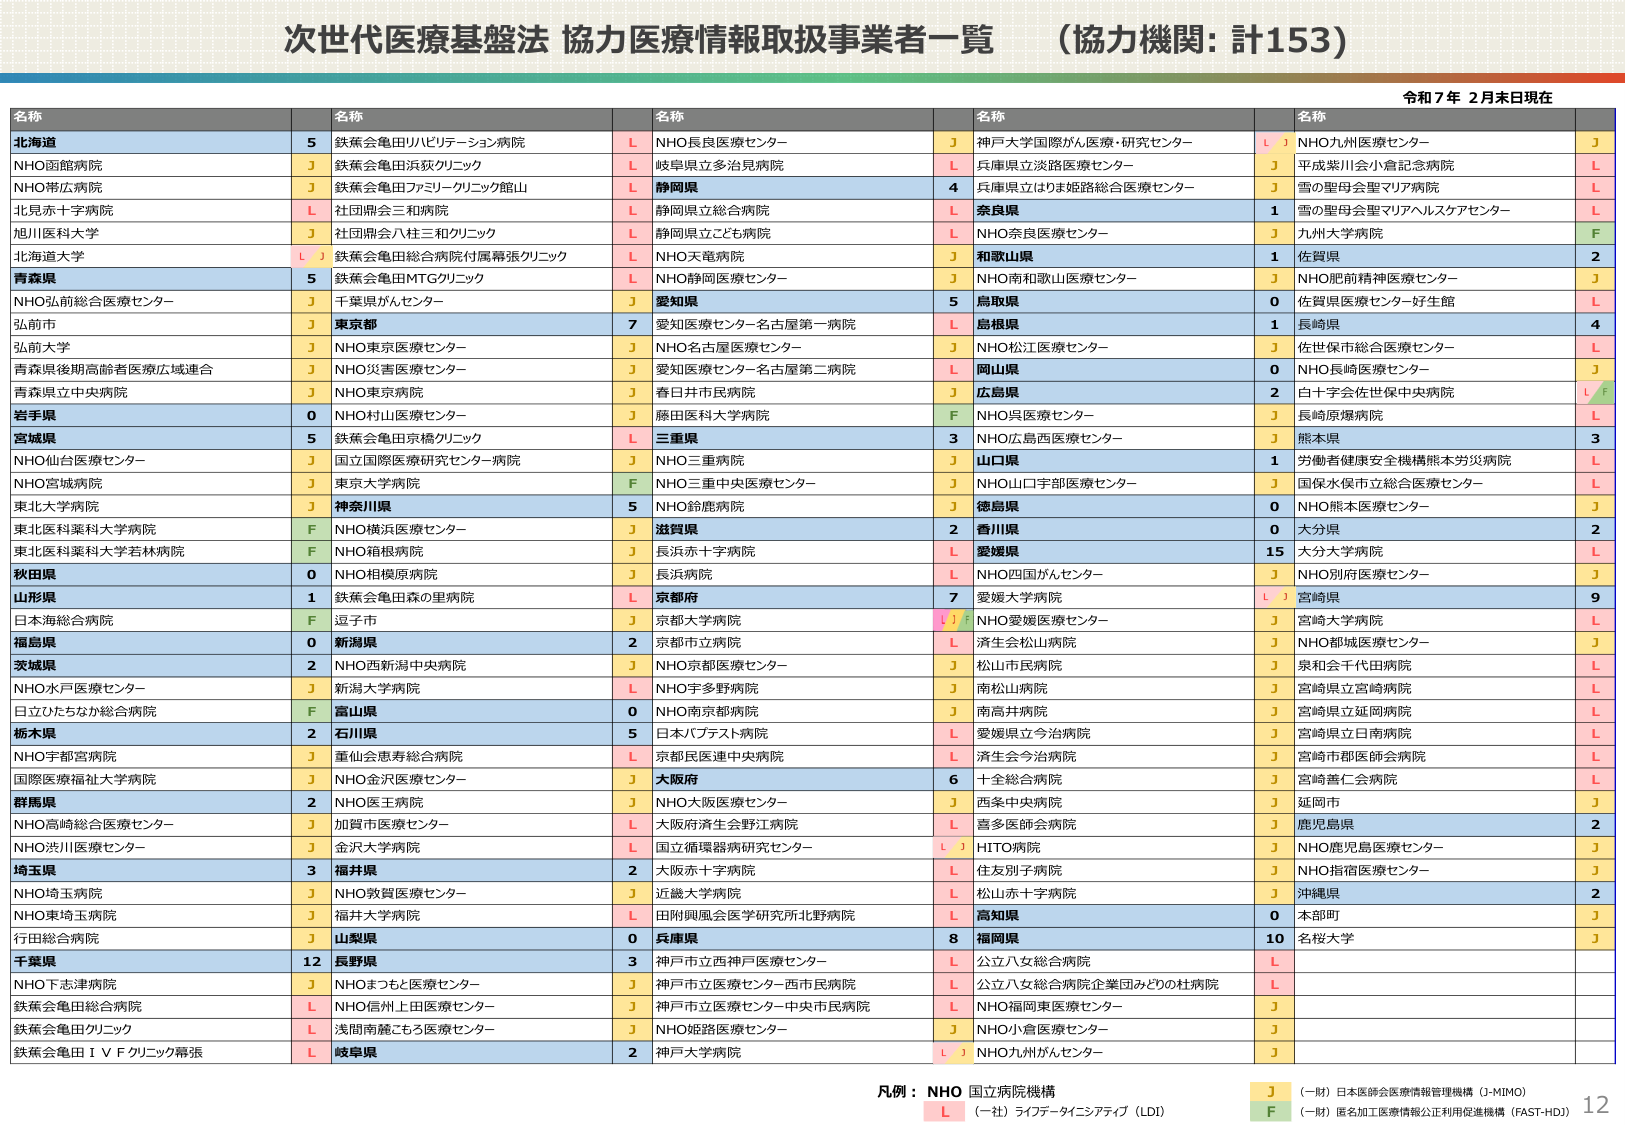
次世代医療基盤法 協力医療情報取扱事業者一覧 （協力機関：計153）

令和7年 2月末日現在

名称 名称 名称 名称 名称

北海道 5 鉄蕉会亀田リハビリテーション病院 L NHO長良医療センター J 神戸大学国際がん医療・研究センター L J NHO九州医療センター J
NHO函館病院 J 鉄蕉会亀田浜荻クリニック L 岐阜県立多治見病院 L 兵庫県立淡路医療センター J 平成紫川会小倉記念病院 L
NHO帯広病院 J 鉄蕉会亀田ファミリークリニック館山 L 静岡県 4 兵庫県立はりま姫路総合医療センター J 雪の聖母会聖マリアルスケアセンター L
北見赤十字病院 L 社団㈱会三和病院 L 静岡県立総合病院 L 奈良県 1 雪の聖母会聖マリアルスケアセンター L
旭川医科大学 J 社団㈱会八柱三和クリニック L 静岡県立こども病院 L NHO奈良医療センター J 九州大学病院 F
北海道大学 L J 鉄蕉会亀田総合病院付属幕張クリニック L NHO天竜病院 J 和歌山県 1 佐賀県 2
青森県 5 鉄蕉会亀田MTGクリニック L NHO静岡医療センター J NHO南和歌山医療センター J NHO肥前精神医療センター J
NHO弘前総合医療センター J 千葉県がんセンター J 愛知県 5 鳥取県 0 佐賀県医療センター好生館 L
弘前市 J 東京都 7 愛知医療センター名古屋第一病院 L 島根県 1 長崎県 4
弘前大学 J NHO東京医療センター J NHO名古屋医療センター J NHO松江医療センター J 佐世保市総合医療センター L
青森県後期高齢者医療広域連合 J NHO災害医療センター J 愛知医療センター名古屋第二病院 L 岡山県 0 NHO長崎医療センター J
青森県立中央病院 J NHO東京病院 J 春日井市民病院 J 広島県 2 白十字会佐世保中央病院 L F
岩手県 0 NHO村山医療センター J 藤田医科大学病院 F NHO呉医療センター J 長崎原爆病院 L
宮城県 5 鉄蕉会亀田京橋クリニック L 三重県 3 NHO広島西医療センター J 熊本県 3
NHO仙台医療センター J 国立国際医療研究センター病院 J NHO三重病院 J 山口県 1 労働者健康安全機構熊本労災病院 L
NHO宮城病院 J 東京大学病院 F NHO三重中央医療センター J NHO山口宇部医療センター J 国保水俣市立総合医療センター L
東北大学病院 J 神奈川県 5 NHO鈴鹿病院 J 徳島県 0 NHO熊本医療センター J
東北医科薬科大学病院 F NHO横浜医療センター J 滋賀県 2 香川県 0 大分県 2
東北医科薬科大学若林病院 F NHO箱根病院 J 長浜赤十字病院 L 愛媛県 15 大分大学病院 L
秋田県 0 NHO相模原病院 J 長浜病院 L NHO四国がんセンター J NHO別府医療センター J
山形県 1 鉄蕉会亀田森の里病院 L 京都府 7 愛媛大学病院 L J 宮崎県 9
日本海総合病院 F 逗子市 J 京都大学病院 L J F NHO愛媛医療センター J 宮崎大学病院 L
福島県 0 新潟県 2 京都市立病院 L 済生会松山病院 J NHO都城医療センター J
茨城県 2 NHO西新潟中央病院 J NHO京都医療センター J 松山市民病院 J 泉和会千代田病院 L
NHO水戸医療センター J 新潟大学病院 L NHO宇多野病院 L 南松山病院 J 宮崎県立宮崎病院 L
日立ひたちなか総合病院 F 富山県 0 NHO南京都病院 J 南高井病院 J 宮崎県立延岡病院 L
栃木県 2 石川県 5 日本バプテスト病院 L 愛媛県立今治病院 J 宮崎県立日南病院 L
NHO宇都宮病院 J 童仙会恵寿総合病院 L 京都民医連中央病院 L 済生会今治病院 J 宮崎市郡部師会病院 L
国際医療福祉大学病院 J NHO金沢医療センター J 大阪府 6 十全総合病院 J 宮崎善仁会病院 L
群馬県 2 NHO医王病院 J NHO大阪医療センター J 西条中央病院 J 延岡市 J
NHO高崎総合医療センター J 加賀市民医療センター L 大阪府済生会野江病院 L 喜多医師会病院 J 鹿児島県 2
NHO渋川医療センター J 金沢大学病院 L 国立循環器病研究センター L J HITO病院 J NHO鹿児島医療センター J
埼玉県 3 福井県 2 大阪赤十字病院 L 住友別子病院 J NHO指宿医療センター J
NHO埼玉病院 J NHO敦賀医療センター J 近畿大学病院 L 松山赤十字病院 J 沖縄県 2
NHO東埼玉病院 J 福井大学病院 L 田附興風会医学研究所北野病院 L 高知県 0 本部町 J
行田総合病院 J 山梨県 0 兵庫県 8 福岡県 10 名桜大学 J
千葉県 12 長野県 3 神戸市立西神戸医療センター L 公立八女総合病院 L
NHO下志津病院 J NHOまつもと医療センター J 神戸市立医療センター西市民病院 L 公立八女総合病院企業団みどりの杜病院 L
鉄蕉会亀田総合病院 L NHO信州上田医療センター J 神戸市立医療センター中央市民病院 L NHO福岡東医療センター J
鉄蕉会亀田クリニック L 浅間南麓こもろ医療センター J NHO姫路医療センター J NHO小倉医療センター J
鉄蕉会亀田ＩＶＦクリニック幕張 L 岐阜県 2 神戸大学病院 L J NHO九州がんセンター J

凡例：NHO 国立病院機構 J （一財）日本医師会医療情報管理機構（J-MIMO）
L （一社）ライフデータインテグリティ（LDI）
F （一財）匿名加工医療情報公正利用促進機構（FAST-HDI）

12